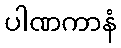
ပါဏကာနံ